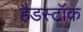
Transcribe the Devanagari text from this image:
हैडस्टॉक